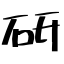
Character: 研